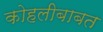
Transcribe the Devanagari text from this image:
कोहलीबाबत